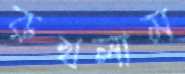
রুখলাম